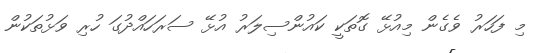
މި ފަހަރު ވެގެން މިއުޅޭ ގޮތަކީ ކައުންސިލަރު އުޅޭ ސަރަހައްދުގަ ހުރި ވަޅުތަކުން